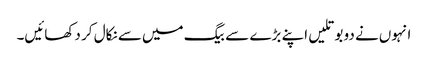
انہوں‌نے دو بوتلیں اپنے بڑے سے بیگ میں‌سے نکال کر دکھائیں۔